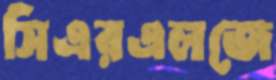
সিএরএলজে